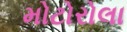
મોટોરોલા